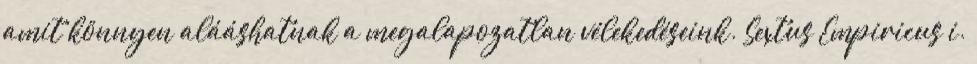
amit könnyen alááshatnak a megalapozatlan vélekedéseink. Sextus Empiricus i.